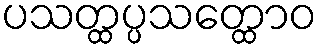
ပသတ္ထပ္ပသတ္ထောဝ